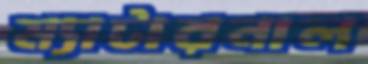
ম্যাটারনাল